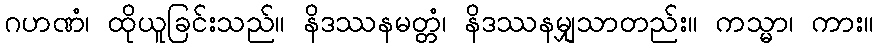
ဂဟဏံ၊ ထိုယူခြင်းသည်။ နိဒဿနမတ္တံ၊ နိဒဿနမျှသာတည်း။ ကသ္မာ၊ ကား။